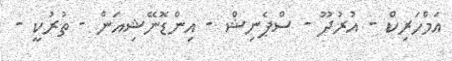
އަމްހަރިކް - އުރުދޫ - ސްޕެނިޝް - އިންޑޮނޭޝިއަން - ތުރުކީ -